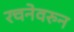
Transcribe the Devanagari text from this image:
रचनेवरुन